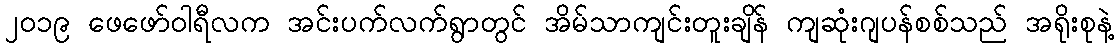
၂၀၁၉ ဖေဖော်ဝါရီလက အင်းပက်လက်ရွာတွင် အိမ်သာကျင်းတူးချိန် ကျဆုံးဂျပန်စစ်သည် အရိုးစုနဲ့